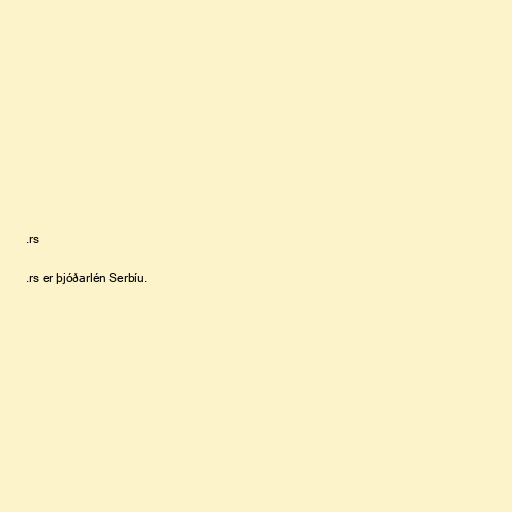
.rs

.rs er þjóðarlén Serbíu.